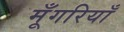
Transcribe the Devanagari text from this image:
मूँगरियाँ